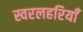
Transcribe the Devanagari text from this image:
स्वरलहरियाँ